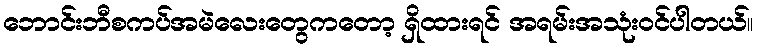
ဘောင်းဘီစကပ်အမဲလေးတွေကတော့ ရှိထားရင် အရမ်းအသုံးဝင်ပါတယ်။